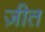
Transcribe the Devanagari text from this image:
ज़ीत